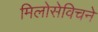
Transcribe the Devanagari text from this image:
मिलोसेविचने